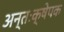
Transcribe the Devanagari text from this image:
अन्तःक्षेपक